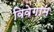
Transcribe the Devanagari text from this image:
विवेगाम